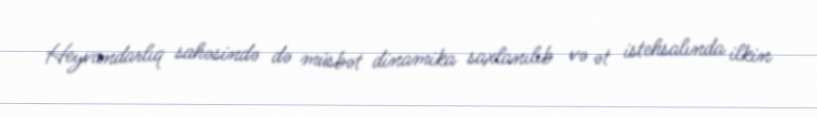
Heyvandarlıq sahəsində də müsbət dinamika saxlanılıb və ət istehsalında ilkin